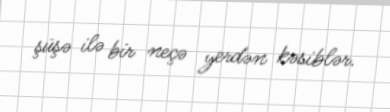
şüşə ilə bir neçə yerdən kəsiblər.